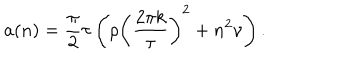
a ( n ) = \frac { \pi } { 2 } \tau \left( \rho \left( \frac { 2 \pi k } { \tau } \right) ^ { 2 } + n ^ { 2 } \nu \right) .